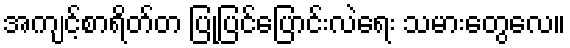
အကျင့်စာရိတ်တ ပြုပြင်ပြောင်းလဲရေး သမားတွေလေ။